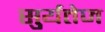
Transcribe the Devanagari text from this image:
सुर्यतेज